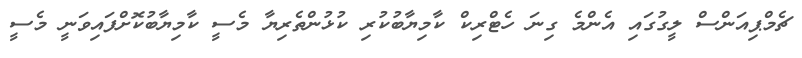
ޗެމްޕިއަންސް ލީގުގައި އެންމެ ގިނަ ހެޓްރިކް ކާމިޔާބުކުރި ކުޅުންތެރިޔާ މެސީ ކާމިޔާބުކޮށްފައިވަނީ މެސީ